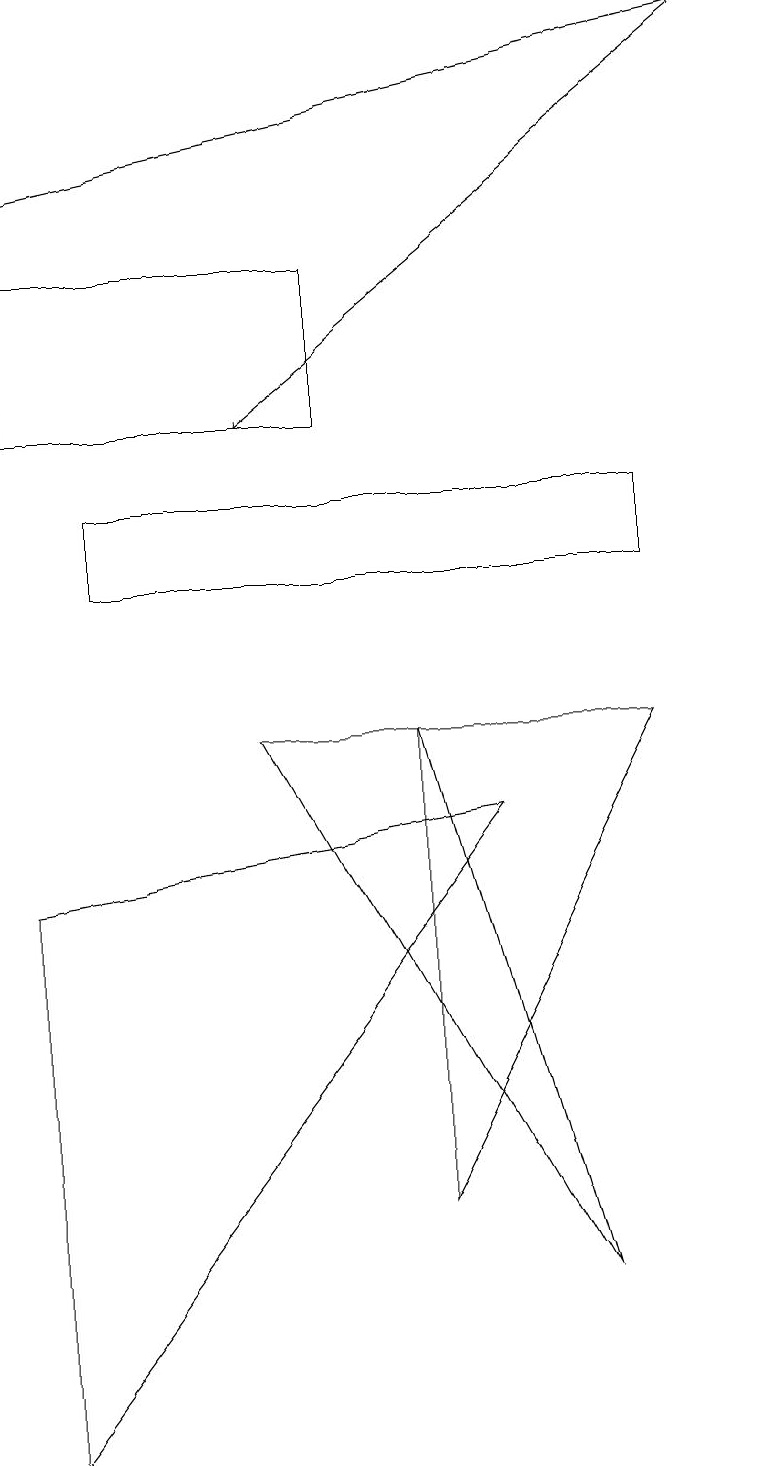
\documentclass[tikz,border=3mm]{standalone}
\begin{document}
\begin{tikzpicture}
\draw[->] (9,18) -- (3,13);
\draw[->] (0,16) -- (9,18);
\draw (3,9) -- (7,2) -- (5,9) -- cycle;
\draw (0,15) rectangle (4,13);
\draw (1,12) rectangle (8,11);
\draw (0,0) -- (6,8) -- (0,7) -- cycle;
\draw (8,9) -- (5,9) -- (5,3) -- cycle;
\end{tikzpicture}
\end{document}